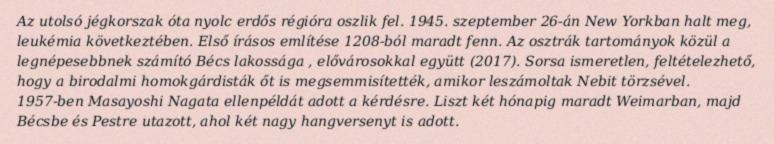
Az utolsó jégkorszak óta nyolc erdős régióra oszlik fel. 1945. szeptember 26-án New Yorkban halt meg, leukémia következtében. Első írásos említése 1208-ból maradt fenn. Az osztrák tartományok közül a legnépesebbnek számító Bécs lakossága , elővárosokkal együtt (2017). Sorsa ismeretlen, feltételezhető, hogy a birodalmi homokgárdisták őt is megsemmisítették, amikor leszámoltak Nebit törzsével. 1957-ben Masayoshi Nagata ellenpéldát adott a kérdésre. Liszt két hónapig maradt Weimarban, majd Bécsbe és Pestre utazott, ahol két nagy hangversenyt is adott.